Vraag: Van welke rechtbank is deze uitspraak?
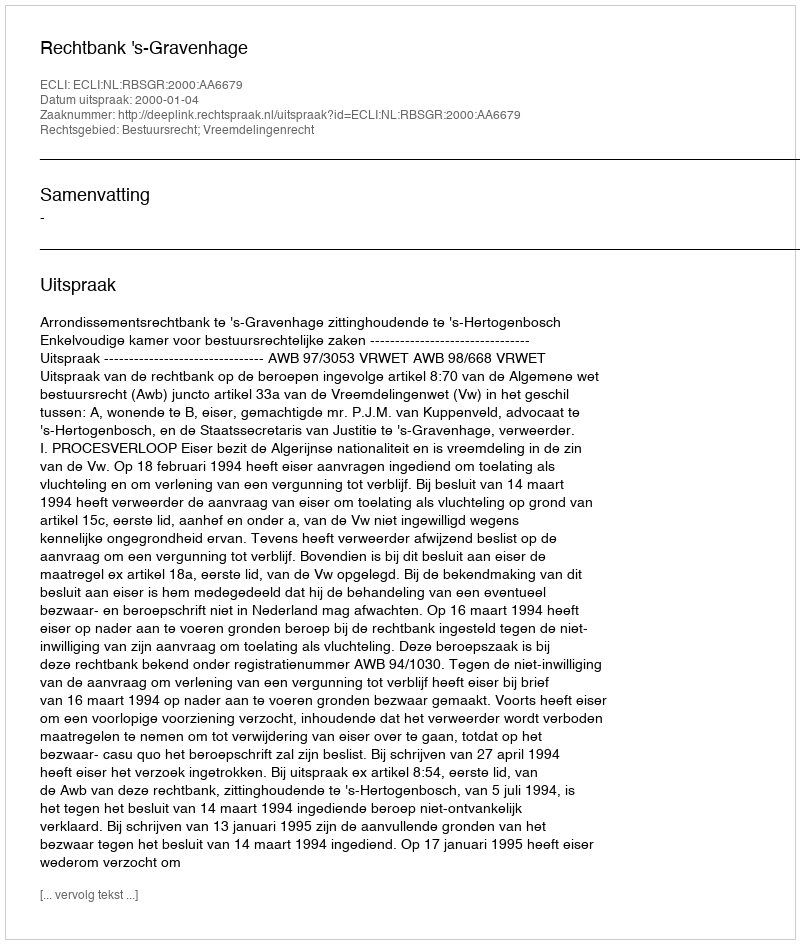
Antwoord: Rechtbank 's-Gravenhage